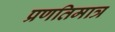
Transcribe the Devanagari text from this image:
प्रणतिमात्र